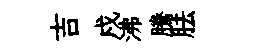
吉戍沸騰胠